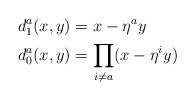
\begin{align*} d^a_1(x,y) &= x-\eta^a y \\ d^a_0(x,y) &= \prod_{i\neq a}(x - \eta^i y)\end{align*}